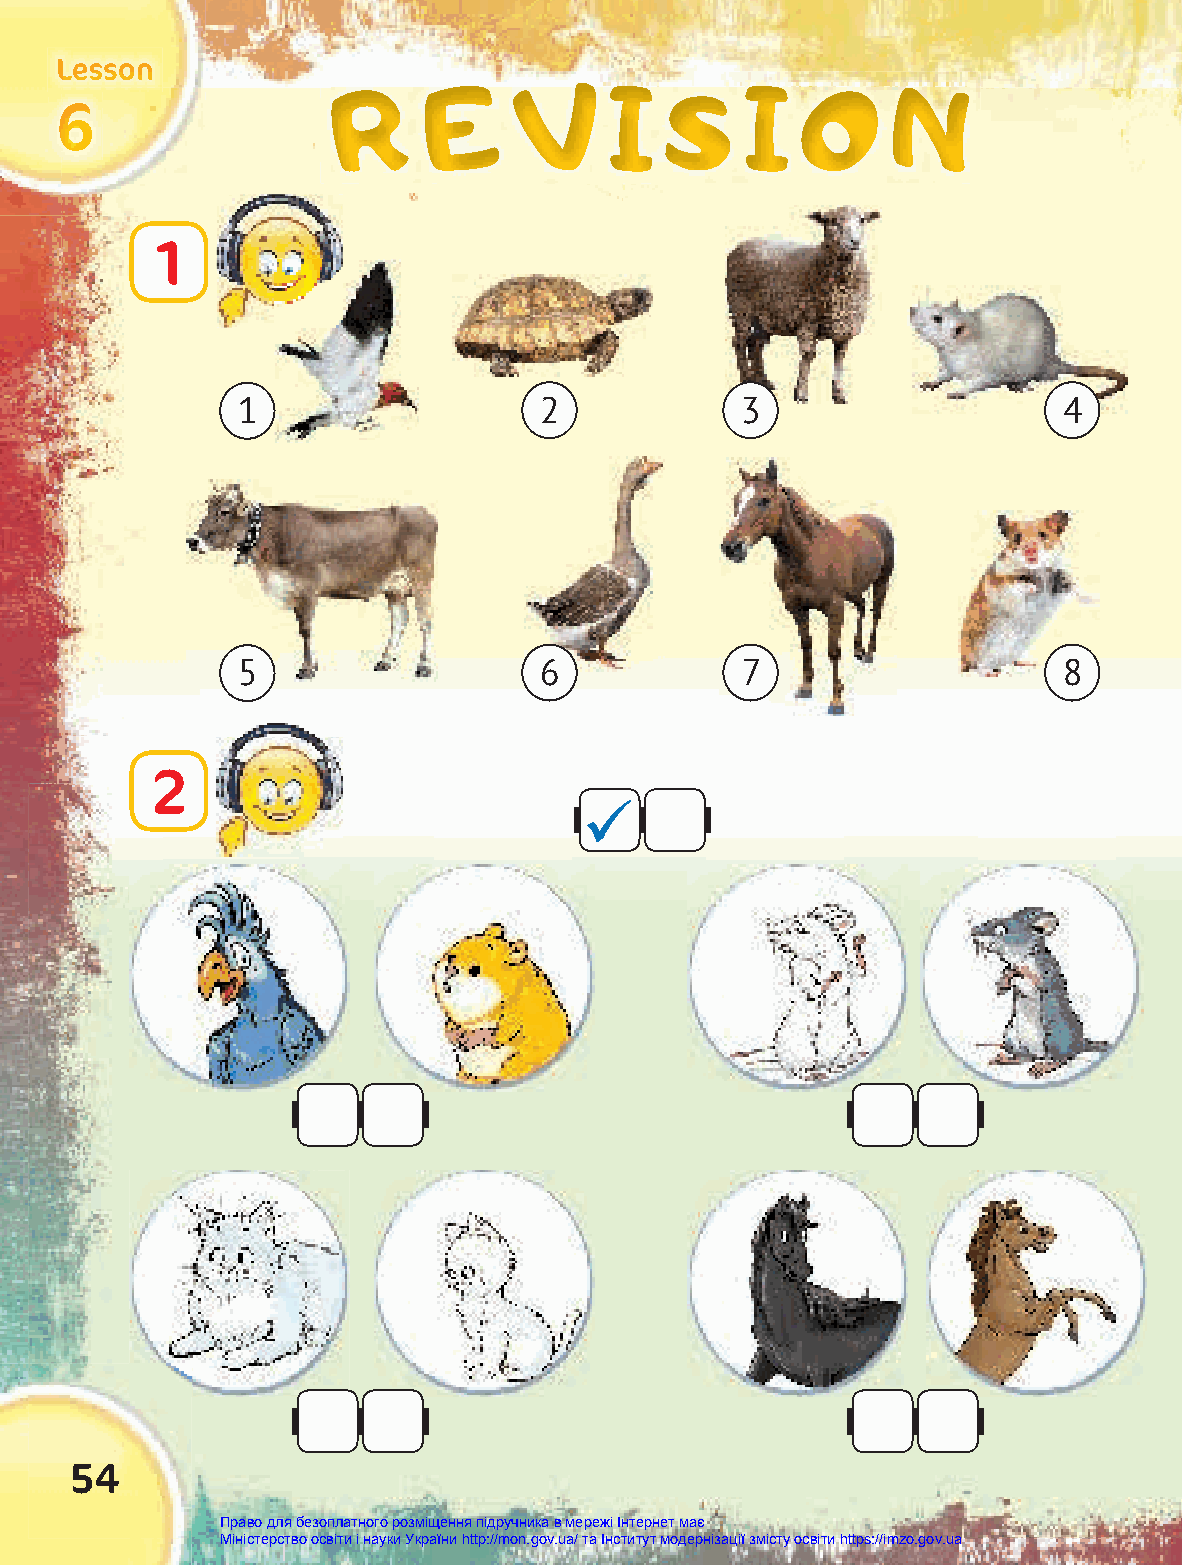
LLLeeessssssooonnn
 RRRRRR EEEEEE VVVVVV IIIIII SSSSSS IIIIII OOOOOO NNNNNN
 666666
 1
 1                   2            3                    4
 5                   6            7                    8
 2
 
 54
 Право для безоплатного розміщення підручника в мережі Інтернет має
 Міністерство освіти і науки України http://mon.gov.ua/ та Інститут модернізації змісту освіти https://imzo.gov.ua